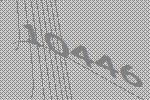
10446